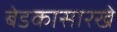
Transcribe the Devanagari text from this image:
बेडकासारखे